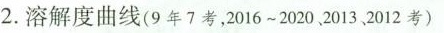
2.溶解度曲线(9年7考，2016~2020、2013、2012考)